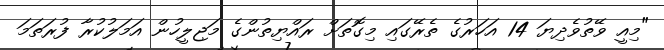
"މިއީ ވޭތުުވެދިޔަ 14 އަހަރުގެ ތެރޭގައި މިގޮތަށް ރައްޔިތުންގެ މަޖިލީހުން އަމަލުކުރާ ފުރަތަމަ